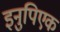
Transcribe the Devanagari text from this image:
इनुपिएक